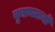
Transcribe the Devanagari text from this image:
कुप्रचलनों